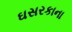
ઘસરકાના